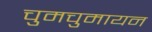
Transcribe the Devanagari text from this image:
चुमचुमायन